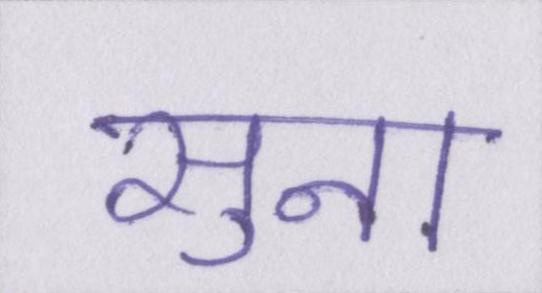
सुना